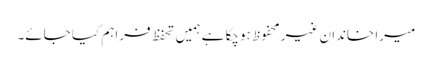
میرا خاندان غیر محفوظ ہوچکا ہے ہمیں تحفظ فراہم کیا جائے۔